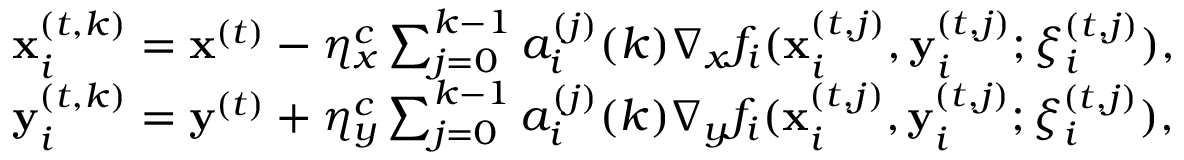
\begin{array} { r l } & { { \mathbf { x } _ { i } ^ { ( t , k ) } } = { \mathbf x ^ { ( t ) } } - \eta _ { x } ^ { c } \sum _ { j = 0 } ^ { k - 1 } a _ { i } ^ { ( j ) } ( k ) \nabla _ { x } f _ { i } ( { \mathbf { x } _ { i } ^ { ( t , j ) } } , { \mathbf { y } _ { i } ^ { ( t , j ) } } ; { \xi _ { i } ^ { ( t , j ) } } ) , } \\ & { { \mathbf { y } _ { i } ^ { ( t , k ) } } = { \mathbf y ^ { ( t ) } } + \eta _ { y } ^ { c } \sum _ { j = 0 } ^ { k - 1 } a _ { i } ^ { ( j ) } ( k ) \nabla _ { y } f _ { i } ( { \mathbf { x } _ { i } ^ { ( t , j ) } } , { \mathbf { y } _ { i } ^ { ( t , j ) } } ; { \xi _ { i } ^ { ( t , j ) } } ) , } \end{array}